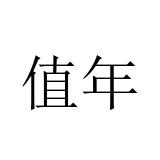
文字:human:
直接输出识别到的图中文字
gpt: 值年